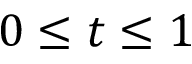
0 \le t \le 1